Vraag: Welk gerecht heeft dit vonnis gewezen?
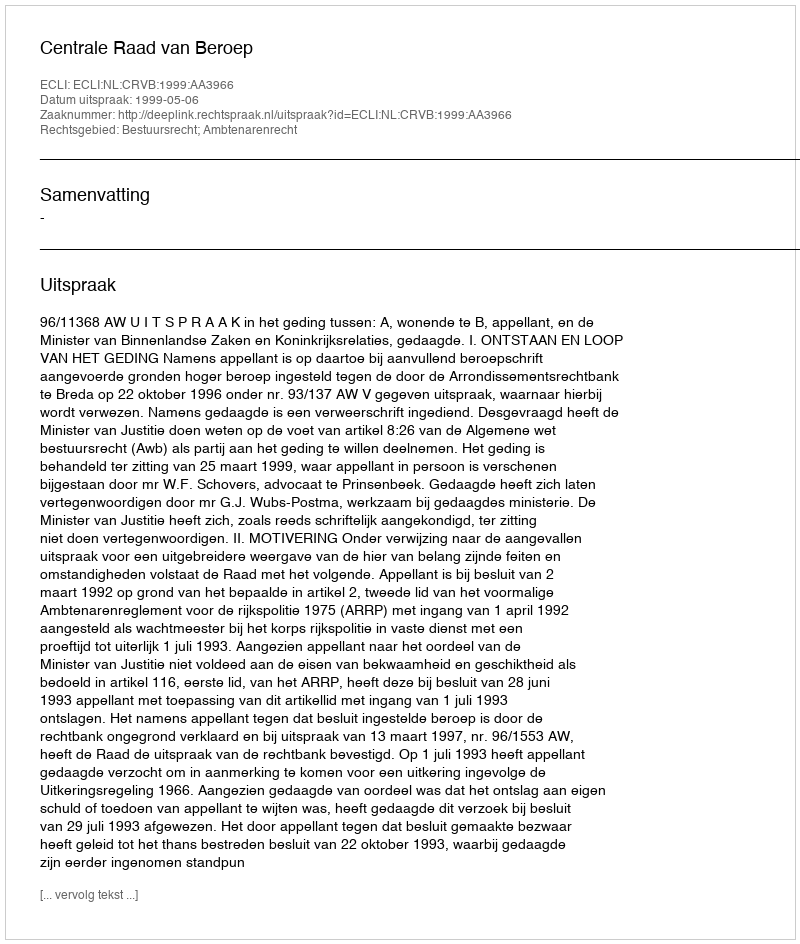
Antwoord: Centrale Raad van Beroep